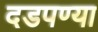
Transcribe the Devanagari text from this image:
दडपण्या